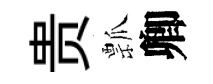
贵瓢卿